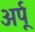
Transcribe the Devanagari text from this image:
अर्पू